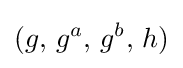
(g,\,g^{a},\,g^{b},\,h)